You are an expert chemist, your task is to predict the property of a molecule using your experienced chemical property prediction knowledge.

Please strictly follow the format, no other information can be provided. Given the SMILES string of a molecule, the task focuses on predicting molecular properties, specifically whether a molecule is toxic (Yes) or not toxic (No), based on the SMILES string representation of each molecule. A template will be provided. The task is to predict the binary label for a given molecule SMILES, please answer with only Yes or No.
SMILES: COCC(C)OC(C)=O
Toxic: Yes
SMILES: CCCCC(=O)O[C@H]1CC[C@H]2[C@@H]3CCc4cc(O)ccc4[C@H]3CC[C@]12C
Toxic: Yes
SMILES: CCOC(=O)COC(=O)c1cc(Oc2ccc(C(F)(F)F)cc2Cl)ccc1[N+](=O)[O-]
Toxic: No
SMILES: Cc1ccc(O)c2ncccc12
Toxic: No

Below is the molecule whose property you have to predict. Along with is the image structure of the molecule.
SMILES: Nc1cccc(O)c1
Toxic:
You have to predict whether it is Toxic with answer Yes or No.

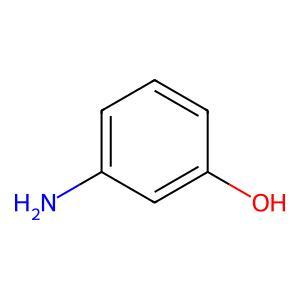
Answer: No